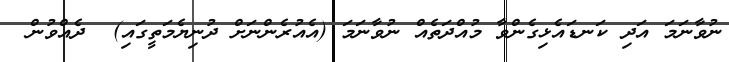
ނުވާނަމަ އަދި ކަނޑައެޅިގެންވާ މުއްދަތެއް ނުވާނަމަ (އެއުރެންނަށް ދުނިޔެމަތީގައި)  ދެއްވުން